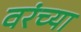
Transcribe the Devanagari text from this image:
वरंच्या